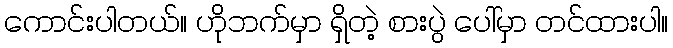
ကောင်းပါတယ်။ ဟိုဘက်မှာ ရှိတဲ့ စားပွဲ ပေါ်မှာ တင်ထားပါ။